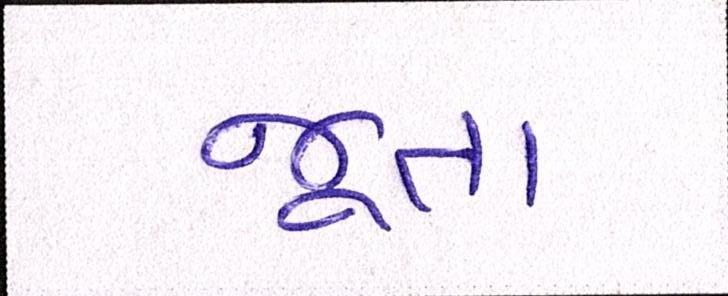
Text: જૂતા